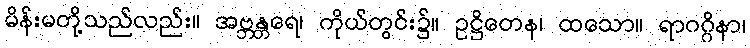
မိန်းမတို့သည်လည်း။ အဗ္ဘန္တရေ၊ ကိုယ်တွင်း၌။ ဥဋ္ဌိတေန၊ ထသော။ ရာဂဂ္ဂိနာ၊